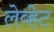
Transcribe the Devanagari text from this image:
लेव्हेट